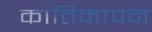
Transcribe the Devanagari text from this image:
कांतिमापन